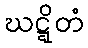
ဃဋ္ဋိတံ